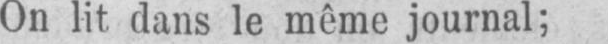
On lit dans le même journal;